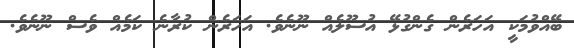
ބޭއްވުމަކީ އަހަރެން ގެންގުޅޭ އުސޫލެއް ނޫނެވެ. އަހަރެން ކުރާނެ ކަމެއް ވެސް ނޫނެވެ.